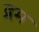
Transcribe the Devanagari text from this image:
द्रम